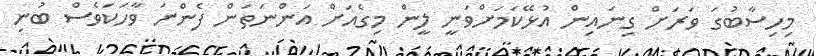
މިހިސާބުގަ ވަރަށް ގިނައިން އުޅޭކަމަށްވަނީ ލީން މިގެއަށް އަންނަތަން ފެންނަ ވާހަކަވެސް ބުނި